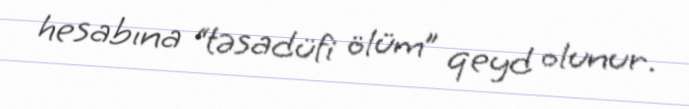
hesabına “təsadüfi ölüm” qeyd olunur.